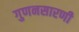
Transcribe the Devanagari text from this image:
गुणनसारणी